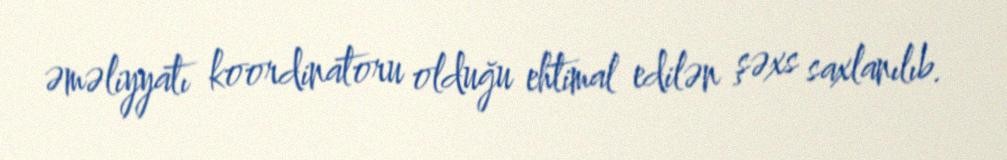
əməliyyatı koordinatoru olduğu ehtimal edilən şəxs saxlanılıb.